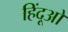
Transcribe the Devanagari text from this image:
हिंदूओ